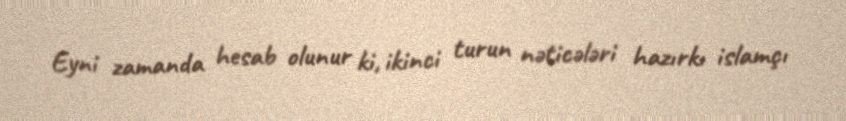
Eyni zamanda hesab olunur ki, ikinci turun nəticələri hazırkı islamçı